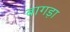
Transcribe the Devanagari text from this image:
बागड़ा